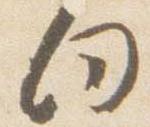
向